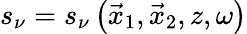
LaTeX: s_{\nu}=s_{\nu}\left(\vec{x}_{1},\vec{x}_{2},z,\omega\right)